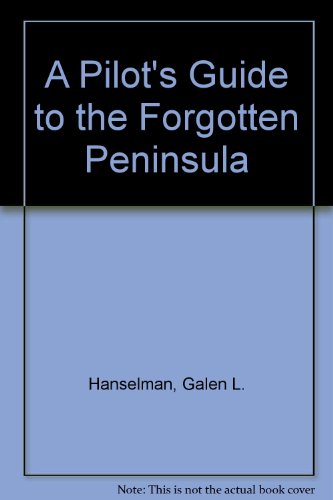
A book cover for Air Baja! A Pilot's Guide to the Forgotten Peninsula; Galen L. Hanselman; Travel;